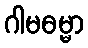
ဂါမဓမ္မာ